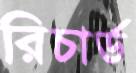
রিচার্ড